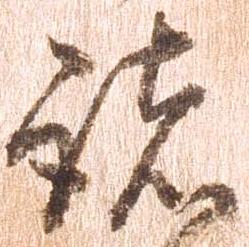
諸